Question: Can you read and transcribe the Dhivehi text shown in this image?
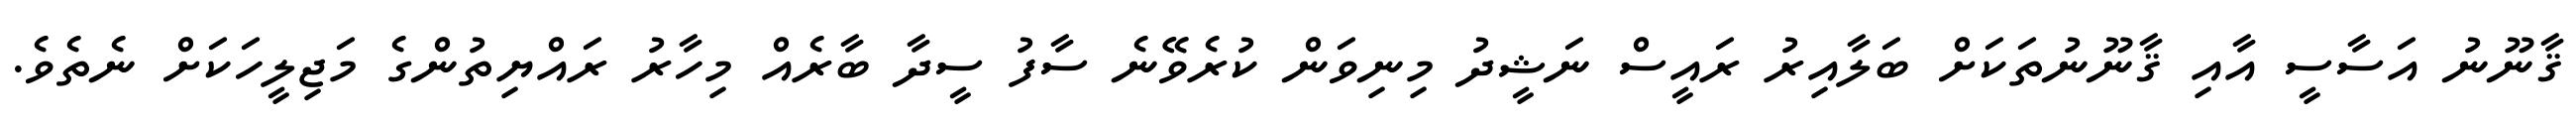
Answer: ޤާނޫނު އަސާސީ އާއި ޤާނޫނުތަކަށް ބަލާއިރު ރައީސް ނަޝީދު މިނިވަން ކުރެވޭނެ ސާފު ސީދާ ބާރެއް މިހާރު ރައްޔިތުންގެ މަޖިލީހަކަށް ނެތެވެ.